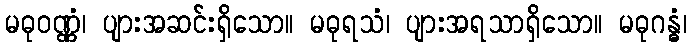
မဓုဝဏ္ဏံ၊ ပျားအဆင်းရှိသော။ မဓုရသံ၊ ပျားအရသာရှိသော။ မဓုဂန္ဓံ၊